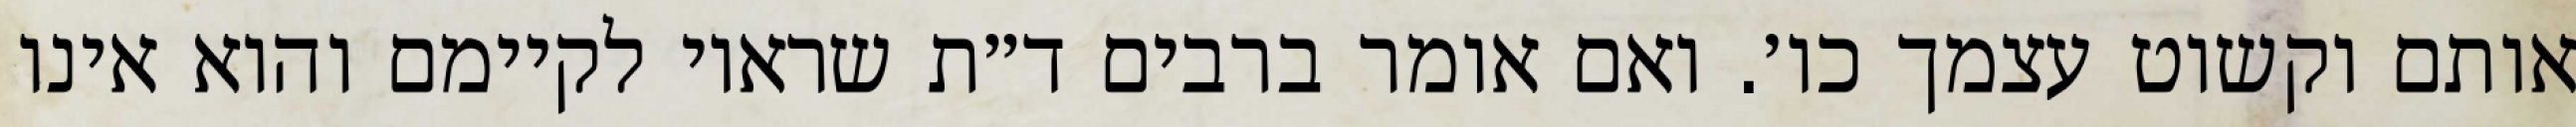
אותם וקשוט עצמך כו׳. ואם אומר ברבים ד״ת שראוי לקיימם והוא אינו